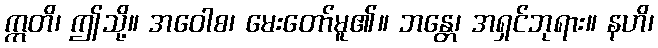
ဣတိ၊ ဤသို့။ အဝေါစ၊ မေးတော်မူ၏။ ဘန္တေ၊ အရှင်ဘုရား။ နဟိ၊